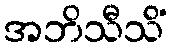
အဘိသီသိံ